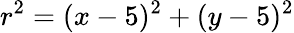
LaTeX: r^{2}=(x-5)^{2}+(y-5)^{2}